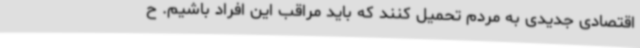
اقتصادی جدیدی به مردم تحمیل کنند که باید مراقب این افراد باشیم. ح